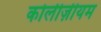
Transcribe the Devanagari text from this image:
कोलीज़ीयम